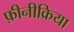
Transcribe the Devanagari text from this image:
फ़ीनीक्रिया